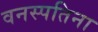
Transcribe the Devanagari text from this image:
वनस्पतिना